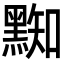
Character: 𪑜